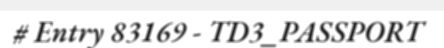
# Entry 83169 - TD3_PASSPORT